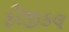
ફીજીકલ